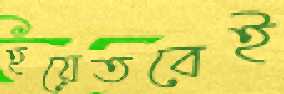
হয়েতবেই